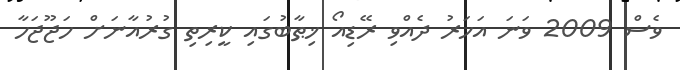
ވެސް 2009 ވަނަ އަހަރު ދެއްވި ރޭޑިއޯ ޚިޠާބުގައި ކީރިތި ގުރުއާނަށް ހަޖޫޖަހާ